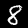
Digit: 8